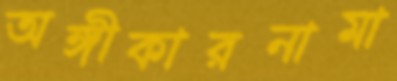
অঙ্গীকারনামা